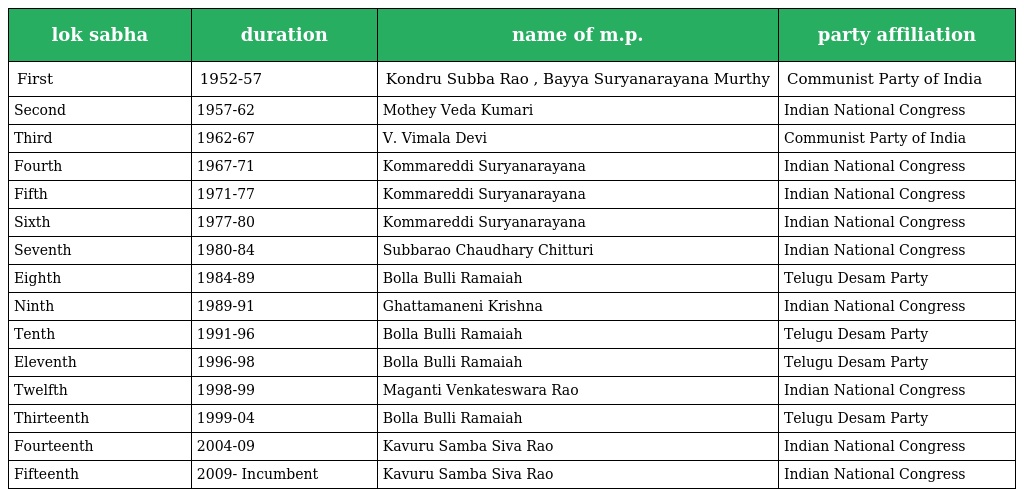
| lok sabha | duration | name of m.p. | party affiliation |
 | --- | --- | --- | --- |
 | First | 1952-57 | Kondru Subba Rao , Bayya Suryanarayana Murthy | Communist Party of India |
 | Second | 1957-62 | Mothey Veda Kumari | Indian National Congress |
 | Third | 1962-67 | V. Vimala Devi | Communist Party of India |
 | Fourth | 1967-71 | Kommareddi Suryanarayana | Indian National Congress |
 | Fifth | 1971-77 | Kommareddi Suryanarayana | Indian National Congress |
 | Sixth | 1977-80 | Kommareddi Suryanarayana | Indian National Congress |
 | Seventh | 1980-84 | Subbarao Chaudhary Chitturi | Indian National Congress |
 | Eighth | 1984-89 | Bolla Bulli Ramaiah | Telugu Desam Party |
 | Ninth | 1989-91 | Ghattamaneni Krishna | Indian National Congress |
 | Tenth | 1991-96 | Bolla Bulli Ramaiah | Telugu Desam Party |
 | Eleventh | 1996-98 | Bolla Bulli Ramaiah | Telugu Desam Party |
 | Twelfth | 1998-99 | Maganti Venkateswara Rao | Indian National Congress |
 | Thirteenth | 1999-04 | Bolla Bulli Ramaiah | Telugu Desam Party |
 | Fourteenth | 2004-09 | Kavuru Samba Siva Rao | Indian National Congress |
 | Fifteenth | 2009- Incumbent | Kavuru Samba Siva Rao | Indian National Congress |